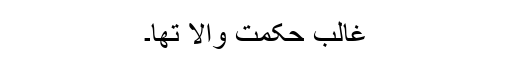
غالب حکمت والا تھا۔